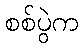
စစ်ပွဲက